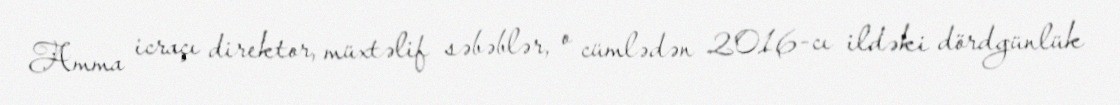
Amma icraçı direktor, müxtəlif səbəblər, o cümlədən 2016-cı ildəki dördgünlük